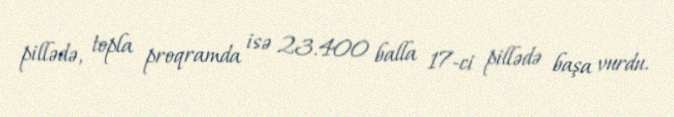
pillədə, topla proqramda isə 23.400 balla 17-ci pillədə başa vurdu.